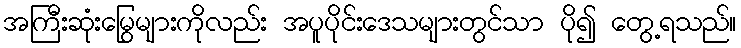
အကြီးဆုံးမြွေများကိုလည်း အပူပိုင်းဒေသများတွင်သာ ပို၍ တွေ့ရသည်။